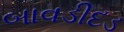
બાવડીદડ